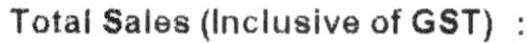
TOTAL SALES (INCLUSIVE OF GST) :